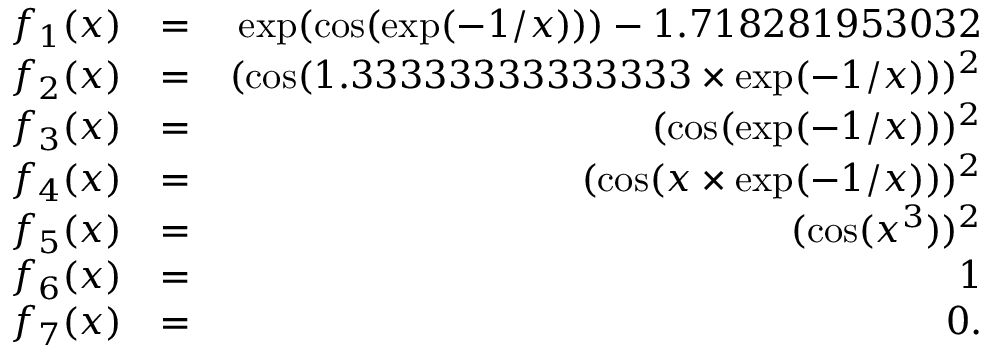
\begin{array} { r l r } { f _ { 1 } ( x ) } & { = } & { \exp ( \cos ( \exp ( - 1 / x ) ) ) - 1 . 7 1 8 2 8 1 9 5 3 0 3 2 } \\ { f _ { 2 } ( x ) } & { = } & { ( \cos ( 1 . 3 3 3 3 3 3 3 3 3 3 3 3 3 3 \times \exp ( - 1 / x ) ) ) ^ { 2 } } \\ { f _ { 3 } ( x ) } & { = } & { ( \cos ( \exp ( - 1 / x ) ) ) ^ { 2 } } \\ { f _ { 4 } ( x ) } & { = } & { ( \cos ( x \times \exp ( - 1 / x ) ) ) ^ { 2 } } \\ { f _ { 5 } ( x ) } & { = } & { ( \cos ( x ^ { 3 } ) ) ^ { 2 } } \\ { f _ { 6 } ( x ) } & { = } & { 1 } \\ { f _ { 7 } ( x ) } & { = } & { 0 . } \end{array}